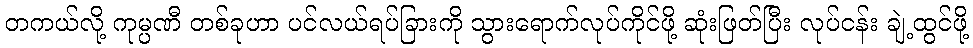
တကယ်လို့ ကုမ္ပဏီ တစ်ခုဟာ ပင်လယ်ရပ်ခြားကို သွားရောက်လုပ်ကိုင်ဖို့ ဆုံးဖြတ်ပြီး လုပ်ငန်း ချဲ့ထွင်ဖို့